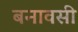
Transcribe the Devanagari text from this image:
बनावसी